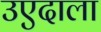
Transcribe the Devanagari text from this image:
उएदाला